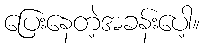
ပြေးနေတဲ့အခန်းပေါ့။